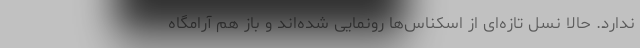
ندارد. حالا نسل تازه‌ای از اسکناس‌ها رونمایی شده‌اند و باز هم آرامگاه